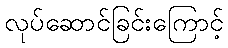
လုပ်ဆောင်ခြင်းကြောင့်